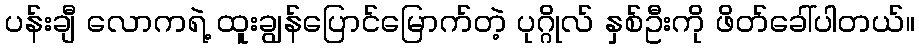
ပန်းချီ လောကရဲ့ ထူးချွန်ပြောင်မြောက်တဲ့ ပုဂ္ဂိုလ် နှစ်ဦးကို ဖိတ်ခေါ်ပါတယ်။